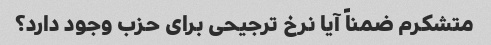
متشکرم ضمناً آیا نرخ ترجیحی برای حزب وجود دارد؟